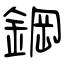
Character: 鋼